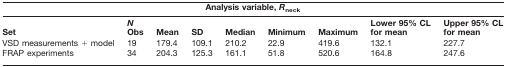
<table><thead><tr><td colspan="9"><b>Analysis variable, <i>R</i><sub>neck</sub></b></td></tr><tr><td><b>Set</b></td><td><b><i>N</i> Obs</b></td><td><b>Mean</b></td><td><b>SD</b></td><td><b>Median</b></td><td><b>Minimum</b></td><td><b>Maximum</b></td><td><b>Lower 95% CL for mean</b></td><td><b>Upper 95% CL for mean</b></td></tr></thead><tbody><tr><td>VSD measurements + model</td><td>19</td><td>179.4</td><td>109.1</td><td>210.2</td><td>22.9</td><td>419.6</td><td>132.1</td><td>227.7</td></tr><tr><td>FRAP experiments</td><td>34</td><td>204.3</td><td>125.3</td><td>161.1</td><td>51.8</td><td>520.6</td><td>164.8</td><td>247.6</td></tr></tbody></table>